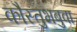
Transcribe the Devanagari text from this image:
कौस्तुभबुवा